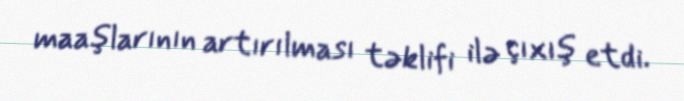
maaşlarının artırılması təklifi ilə çıxış etdi.